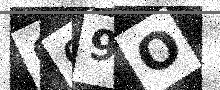
Text: 999O